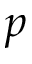
p